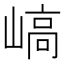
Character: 嵪